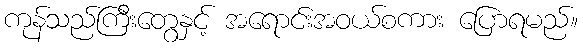
ကုန်သည်ကြီးတွေနှင့် အရောင်းအဝယ်စကား ပြောရမည်။